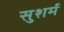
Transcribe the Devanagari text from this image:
सुशर्म